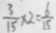
\frac { 3 } { 1 5 } \times 2 = \frac { 6 } { 1 5 }